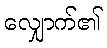
လျှောက်၏